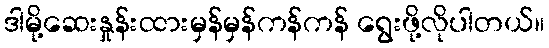
ဒါမို့ဆေးနှုန်းထားမှန်မှန်ကန်ကန် ရွေးဖို့လိုပါတယ်။